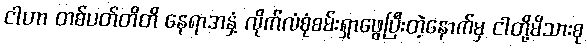
ငါဟာ တစ်ပတ်တိတိ နေရာအနှံ့ လိုက်လံစုံစမ်းရှာဖွေပြီးတဲ့နောက်မှ ငါတို့မိသားစု